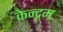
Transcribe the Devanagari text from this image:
केन्द्रम